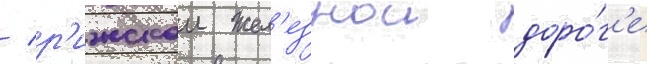
/ р'ижскои жел'езнои доро́г'е